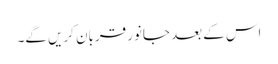
اس کے بعد جانور قربان کریں گے۔